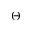
\Theta